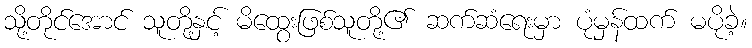
သို့တိုင်အောင် သူတို့နှင့် မိထွေးဖြစ်သူတို့၏ ဆက်ဆံရေးမှာ ပုံမှန်ထက် မပိုခဲ့။